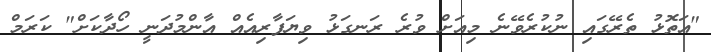
"އަތޮޅު ތެރޭގައި ނުކުރެވޭނެ މިއަށް ވުރެ ރަނގަޅު ވިޔަފާރިއެއް އާންމުދަނީ ހޯދާކަށް" ކަރަމް